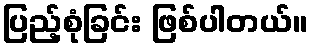
ပြည့်စုံခြင်း ဖြစ်ပါတယ်။